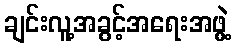
ချင်းလူ့အခွင့်အရေးအဖွဲ့